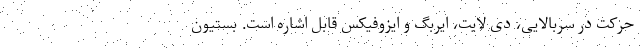
حرکت در سربالایی، دی لایت، ایربگ و ایزوفیکس قابل اشاره است. بستیون